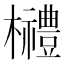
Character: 𣠲